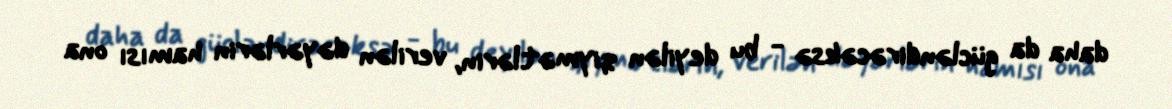
daha da gücləndirəcəksə - bu deyilən qiymətlərin, verilən dəyərlərin hamısı ona